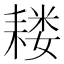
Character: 耧